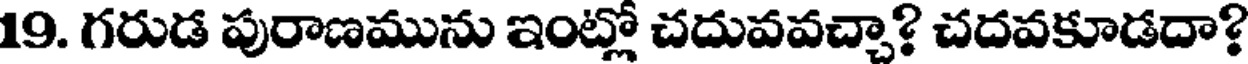
19. గరుడ పురాణమును ఇంట్లో చదువవచ్చా? చదవకూడదా?